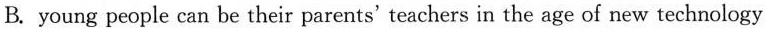
From the first paragraph we learn that "WeChat guide"\underline.